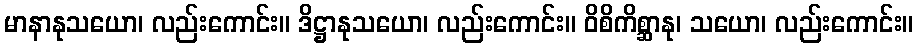
မာနာနုသယော၊ လည်းကောင်း။ ဒိဋ္ဌာနုသယော၊ လည်းကောင်း။ ဝိစိကိစ္ဆာနု၊ သယော၊ လည်းကောင်း။